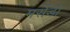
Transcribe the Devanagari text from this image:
मर्सेडो